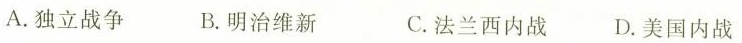
A.独立战争 B.明治维新 C.法兰西内战 D.美国内战